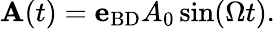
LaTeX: \begin{array}{r}{{\mathbf A}(t)={\mathbf e}_{\mathrm{BD}}A_{0}\sin(\Omega t).}\end{array}